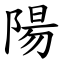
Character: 陽